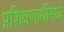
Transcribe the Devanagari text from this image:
प्रशिक्षणार्थीमध्ये